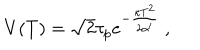
V ( T ) = \sqrt { 2 } \tau _ { p } e ^ { - { \frac { \kappa T ^ { 2 } } { 2 \alpha ^ { \prime } } } } \ ,